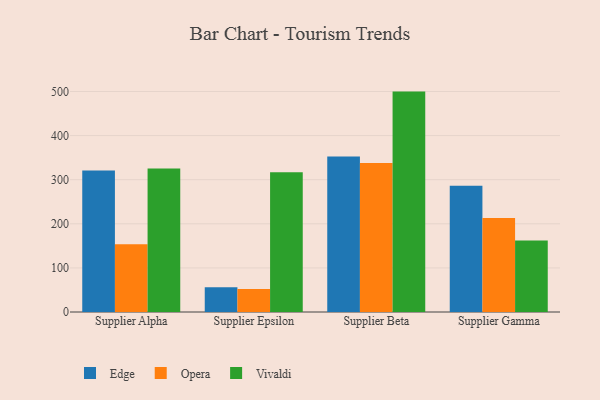
{"axis": {"x": "Supplier", "y": "Production Output"}, "legend": ["Edge", "Opera", "Vivaldi"], "data": [{"x": "Supplier Alpha", "y": 320.8, "type": "Edge"}, {"x": "Supplier Alpha", "y": 153.8, "type": "Opera"}, {"x": "Supplier Alpha", "y": 325.3, "type": "Vivaldi"}, {"x": "Supplier Epsilon", "y": 56.4, "type": "Edge"}, {"x": "Supplier Epsilon", "y": 52.3, "type": "Opera"}, {"x": "Supplier Epsilon", "y": 316.8, "type": "Vivaldi"}, {"x": "Supplier Beta", "y": 352.9, "type": "Edge"}, {"x": "Supplier Beta", "y": 337.8, "type": "Opera"}, {"x": "Supplier Beta", "y": 499.8, "type": "Vivaldi"}, {"x": "Supplier Gamma", "y": 286.3, "type": "Edge"}, {"x": "Supplier Gamma", "y": 213.0, "type": "Opera"}, {"x": "Supplier Gamma", "y": 162.1, "type": "Vivaldi"}]}